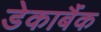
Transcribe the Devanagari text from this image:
डेकाबैंक